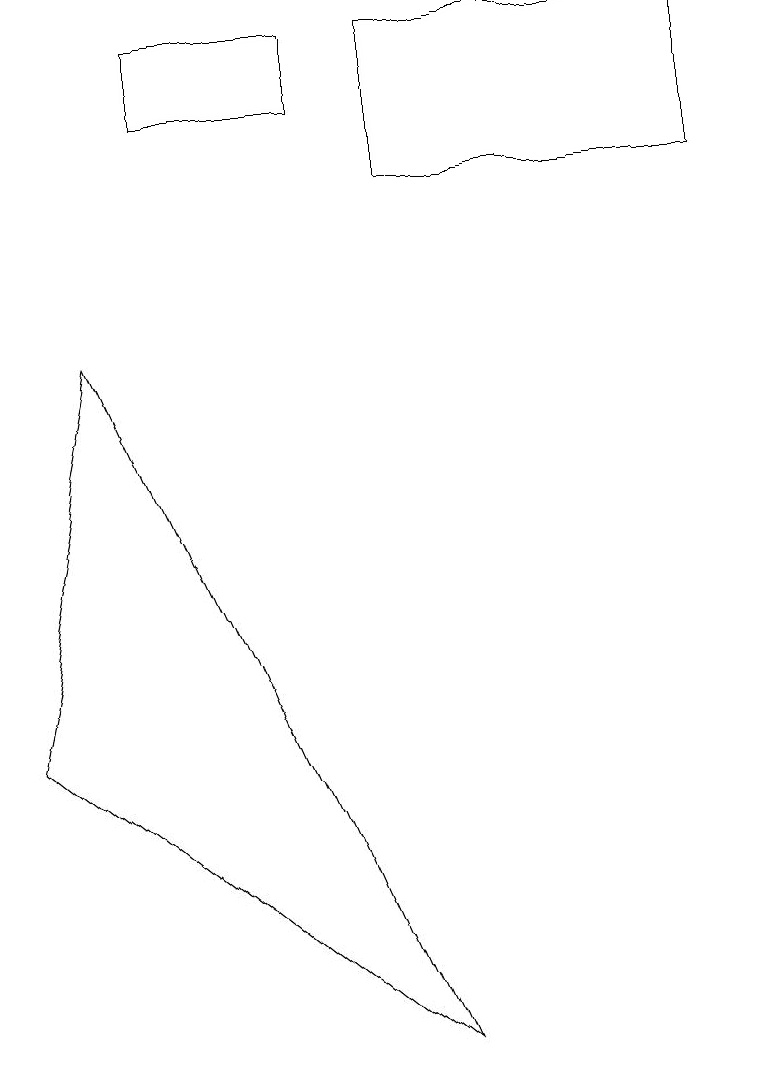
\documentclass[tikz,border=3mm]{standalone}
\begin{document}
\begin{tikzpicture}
\draw (1,9) -- (0,4) -- (5,0) -- cycle;
\draw (4,13) rectangle (2,12);
\draw (9,11) rectangle (5,13);
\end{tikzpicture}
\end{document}